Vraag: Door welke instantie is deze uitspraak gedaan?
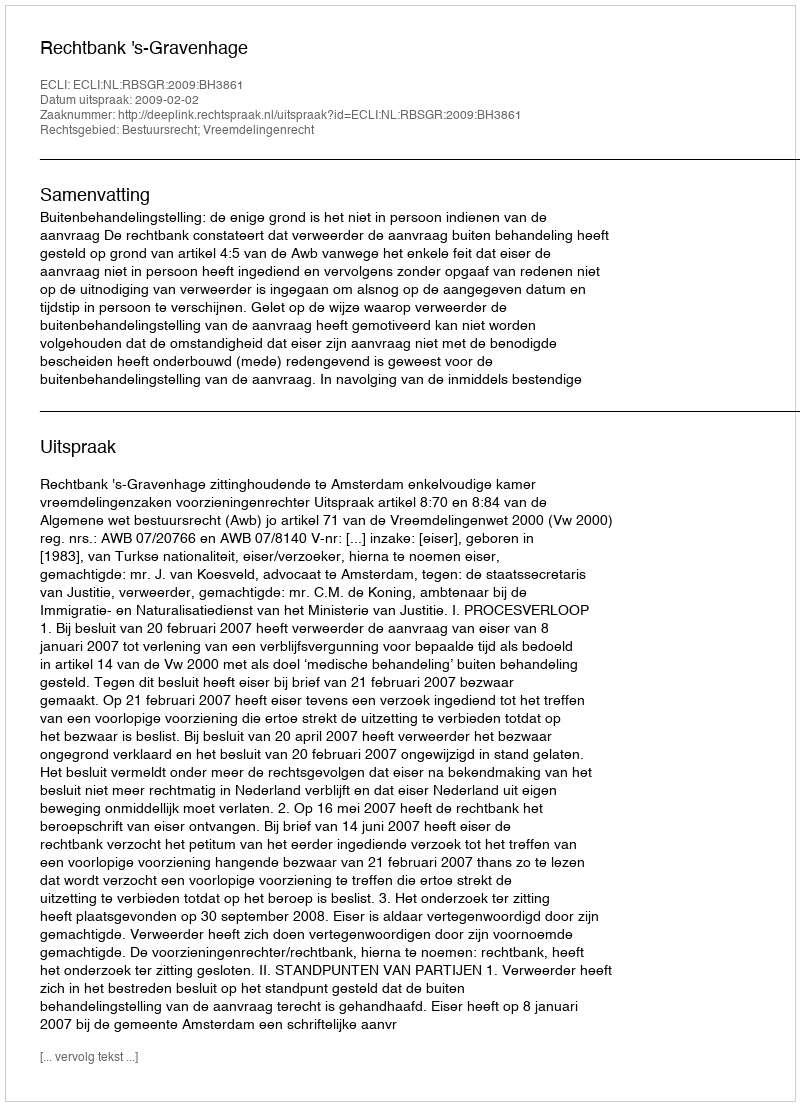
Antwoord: Rechtbank 's-Gravenhage